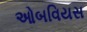
ઓબવિયસ